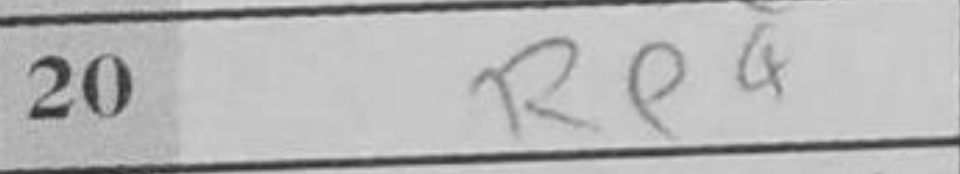
Transcription: Re4